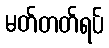
မတ်တတ်ရပ်